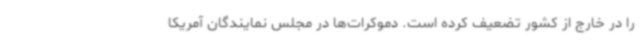
را در خارج از کشور تضعیف کرده است. دموکرات‌ها در مجلس نمایندگان آمریکا